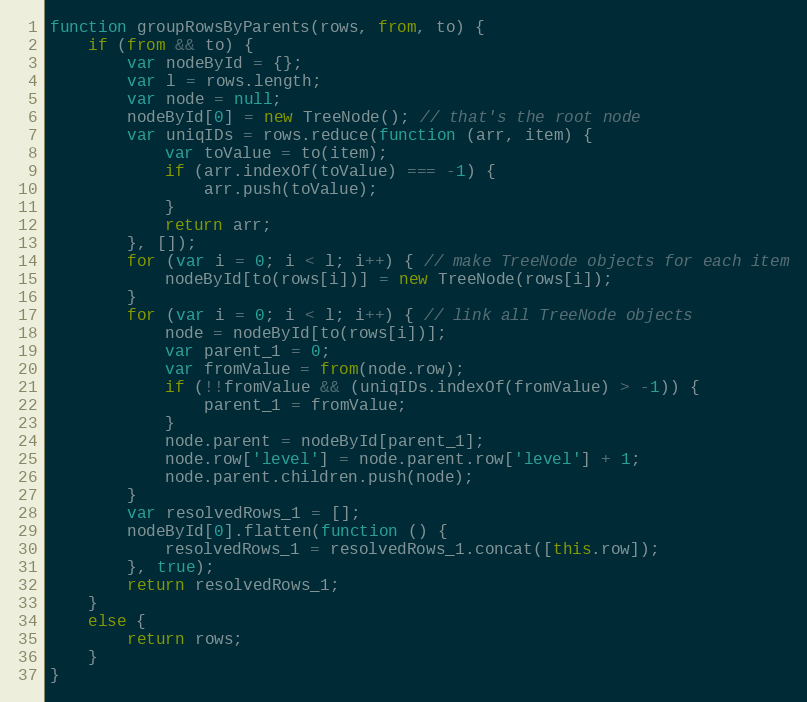
Language: JavaScript
function groupRowsByParents(rows, from, to) {
    if (from && to) {
        var nodeById = {};
        var l = rows.length;
        var node = null;
        nodeById[0] = new TreeNode(); // that's the root node
        var uniqIDs = rows.reduce(function (arr, item) {
            var toValue = to(item);
            if (arr.indexOf(toValue) === -1) {
                arr.push(toValue);
            }
            return arr;
        }, []);
        for (var i = 0; i < l; i++) { // make TreeNode objects for each item
            nodeById[to(rows[i])] = new TreeNode(rows[i]);
        }
        for (var i = 0; i < l; i++) { // link all TreeNode objects
            node = nodeById[to(rows[i])];
            var parent_1 = 0;
            var fromValue = from(node.row);
            if (!!fromValue && (uniqIDs.indexOf(fromValue) > -1)) {
                parent_1 = fromValue;
            }
            node.parent = nodeById[parent_1];
            node.row['level'] = node.parent.row['level'] + 1;
            node.parent.children.push(node);
        }
        var resolvedRows_1 = [];
        nodeById[0].flatten(function () {
            resolvedRows_1 = resolvedRows_1.concat([this.row]);
        }, true);
        return resolvedRows_1;
    }
    else {
        return rows;
    }
}